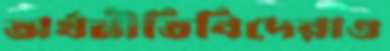
অর্থনীতিবিদেরাও